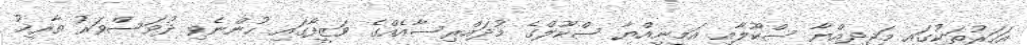
އަހަރުތަކުގައި މަޖީދިއްޔާ ސްކޫލާއި އަމީނިއްޔާ ސްކޫލްގެ މުދައްރިސާއެއްގެ ވަޒީފާގައި ހުންނެވި ދުވަސްވަރު ތާރީޚު